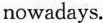
”WeChat guide”for his parents.With drawings and simple words.the